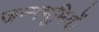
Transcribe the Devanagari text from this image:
जन्मभूमियों